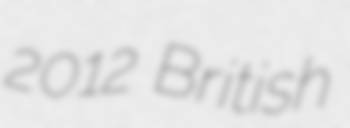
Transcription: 2012 British